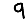
Digit: 9